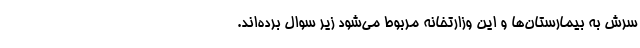
سرش به بیمارستان‌ها و این وزارتخانه مربوط می‌شود زیر سوال برده‌اند.